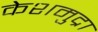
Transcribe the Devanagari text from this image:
केशमुद्रा